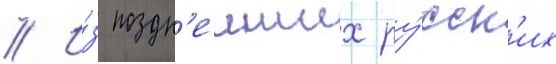
// И́з поздн'еиших ру́сск'их